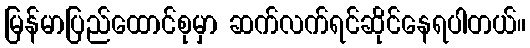
မြန်မာပြည်ထောင်စုမှာ ဆက်လက်ရင်ဆိုင်နေရပါတယ်။